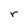
Character: r